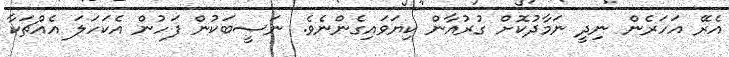
އެރޭ އަހަރެން ނިދީ ނަމާދުކޮށް ގުރުއާން ކިޔަވައިގެންނެވެ. ނަސީބަކުން ފަހުން އެކަހަލަ އެއްޗަކާ